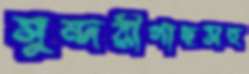
সুন্দরীগাছসহ